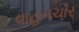
વાહનચોર